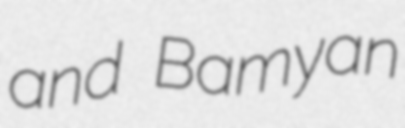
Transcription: and Bamyan